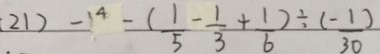
( 2 1 ) - 1 ^ { 4 } - ( \frac { 1 } { 5 } - \frac { 1 } { 3 } + \frac { 1 } { 6 } ) \div \frac { ( - 1 ) } { 3 0 }